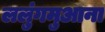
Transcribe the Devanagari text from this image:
ललुंगमुआना